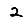
Digit: 2